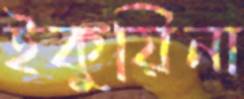
ইকুয়িনা